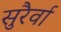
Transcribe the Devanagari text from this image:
सुरैर्वा